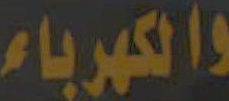
والكهرباء